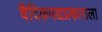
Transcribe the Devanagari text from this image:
वैदिकपद्यप्रकाराला